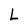
Character: L